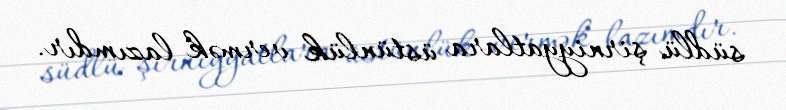
südlü şirniyyatlara üstünlük vermək lazımdır.